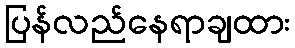
ပြန်လည်နေရာချထား